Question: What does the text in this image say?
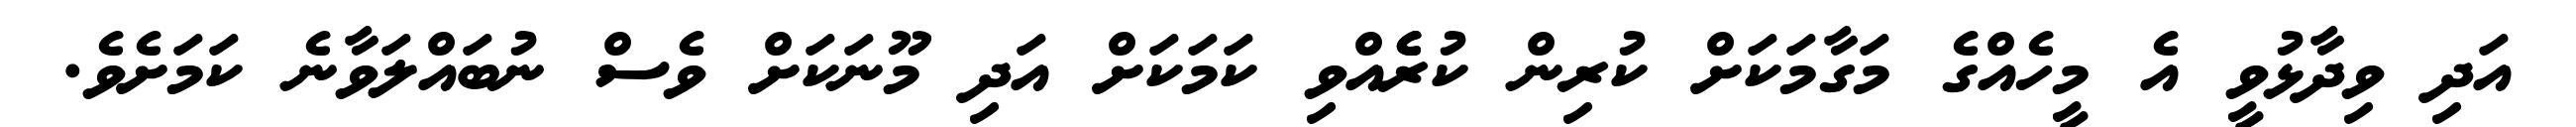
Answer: އަދި ވިދާޅުވީ އެ މީހެއްގެ މަގާމަކަށް ކުރިން ކުރެެއްވި ކަމަކަށް އަދި މޫނަކަށް ވެސް ނުބައްލަވާނެ ކަމަށެވެ.